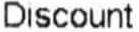
DISCOUNT